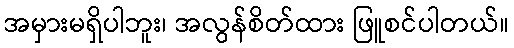
အမှားမရှိပါဘူး၊ အလွန်စိတ်ထား ဖြူစင်ပါတယ်။